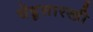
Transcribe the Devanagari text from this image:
चेंडूसारखी